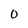
Character: 0